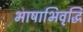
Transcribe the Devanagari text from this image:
भाषाभिवृद्धि